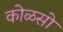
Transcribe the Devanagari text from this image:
कोळसो